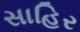
સાહિર